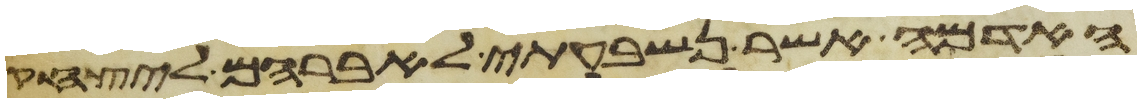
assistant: האדמה אשר נשבעתי לאברהם ליצחק